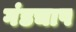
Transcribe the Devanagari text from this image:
गंडचाप